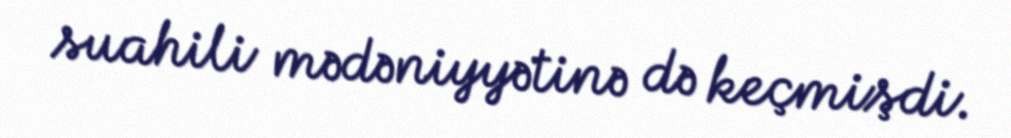
suahili mədəniyyətinə də keçmişdi.